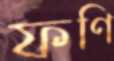
ফণি